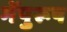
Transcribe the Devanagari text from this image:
मेंपुरूष